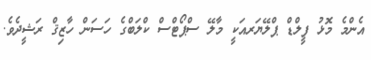
އެންމެ މޮޅު ފީލްޑް ޕްލޭޔަރއަކީ މާލޭ ސްޕޯޓްސް ކްލަބްގެ ހަސަން ހާޒިޤް ރަޝީދެވެ.